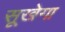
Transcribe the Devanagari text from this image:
सूखेगा